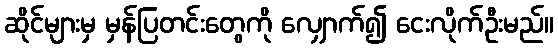
ဆိုင်များမှ မှန်ပြတင်းတွေကို လျှောက်၍ ငေးလိုက်ဦးမည်။